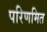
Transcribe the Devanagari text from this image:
परिणमित